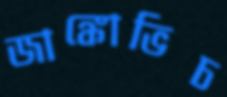
জাঙ্কোভিচ